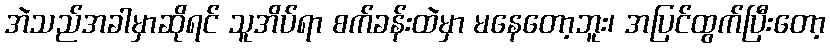
အဲသည်အခါမှာဆိုရင် သူအိပ်ရာ စက်ခန်းထဲမှာ မနေတော့ဘူး၊ အပြင်ထွက်ပြီးတော့